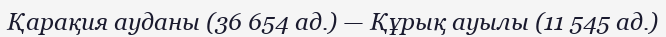
Қарақия ауданы (36 654 ад.) — Құрық ауылы (11 545 ад.)